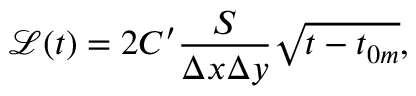
\mathcal { L } ( t ) = 2 C ^ { \prime } \frac { S } { \Delta x \Delta y } \sqrt { t - t _ { 0 m } } ,